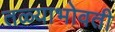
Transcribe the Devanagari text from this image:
तळ्याभोवती